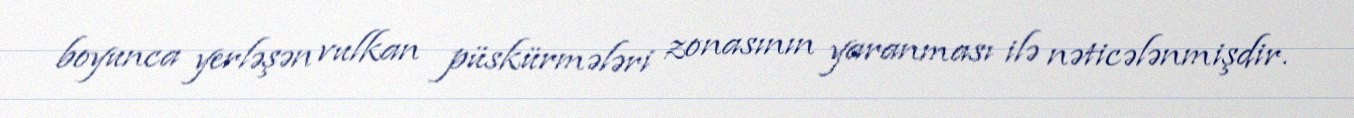
boyunca yerləşən vulkan püskürmələri zonasının yaranması ilə nəticələnmişdir.